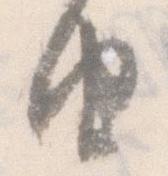
由